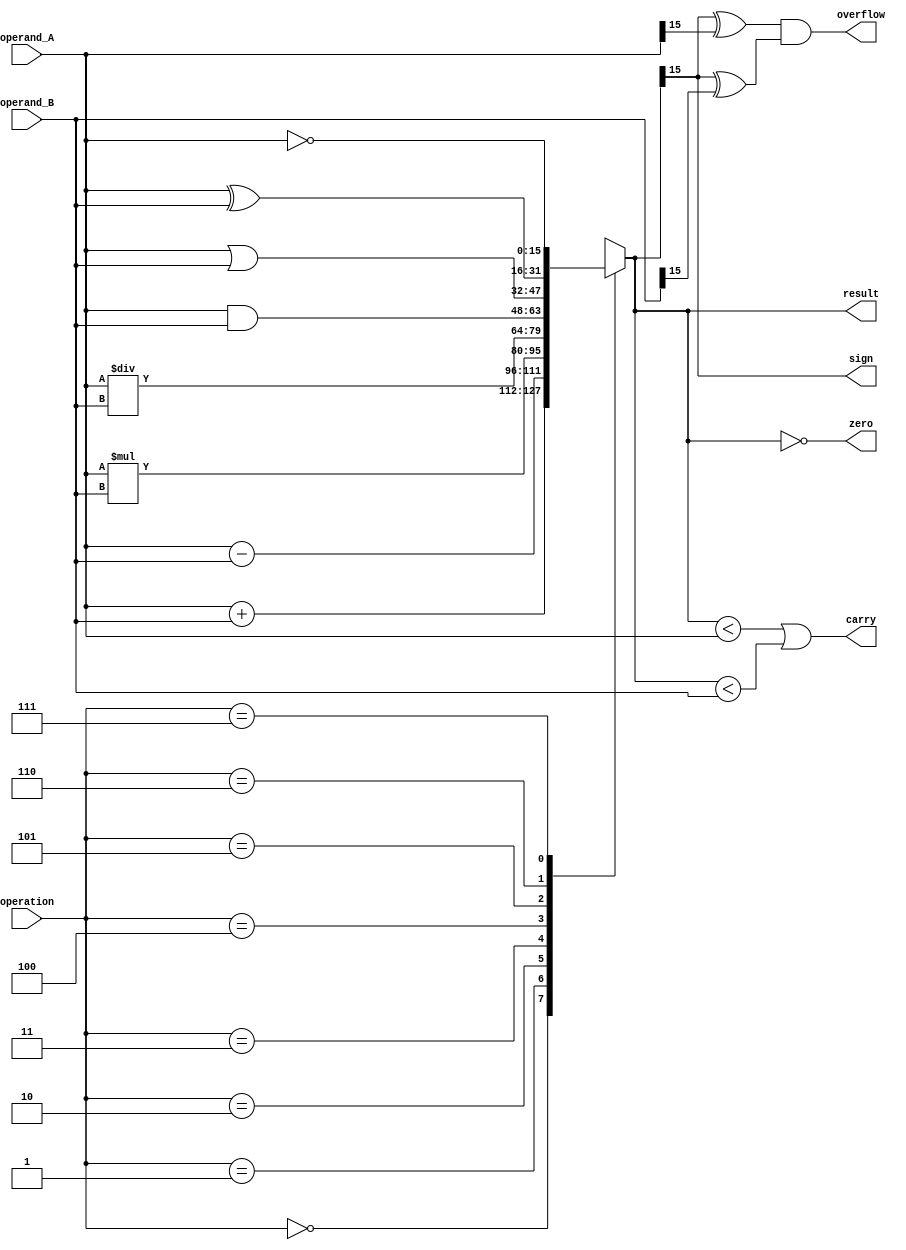
module ALU(input [15:0] operand_A, input [15:0] operand_B, input [2:0] operation,
           output [15:0] result, output overflow, output carry, output zero, output sign);

   reg [15:0] result;
   reg overflow, carry, zero, sign;

   always @(*) begin
      case(operation)
         3'b000: result = operand_A + operand_B; // Addition
         3'b001: result = operand_A - operand_B; // Subtraction
         3'b010: result = operand_A * operand_B; // Multiplication
         3'b011: result = operand_A / operand_B; // Division
         3'b100: result = operand_A & operand_B; // AND
         3'b101: result = operand_A | operand_B; // OR
         3'b110: result = operand_A ^ operand_B; // XOR
         3'b111: result = ~ (operand_A);          // NOT
      endcase

      overflow = (result[15] ^ operand_A[15]) & (result[15] ^ operand_B[15]);
      carry = (result < operand_A) | (result < operand_B);
      zero = (result == 16'b0);
      sign = result[15];
   end

endmodule